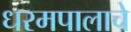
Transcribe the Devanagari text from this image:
धरमपालाचे